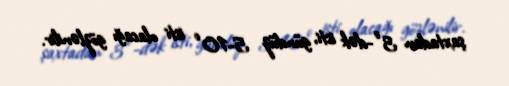
şaxtadan 3°-dək isti, gündüz 5-10° isti olacağı gözlənilir.